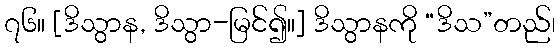
၇၆။ [ဒိသွာန, ဒိသွာ-မြင်၍။] ဒိသွာနကို “ဒိသ”တည်၊